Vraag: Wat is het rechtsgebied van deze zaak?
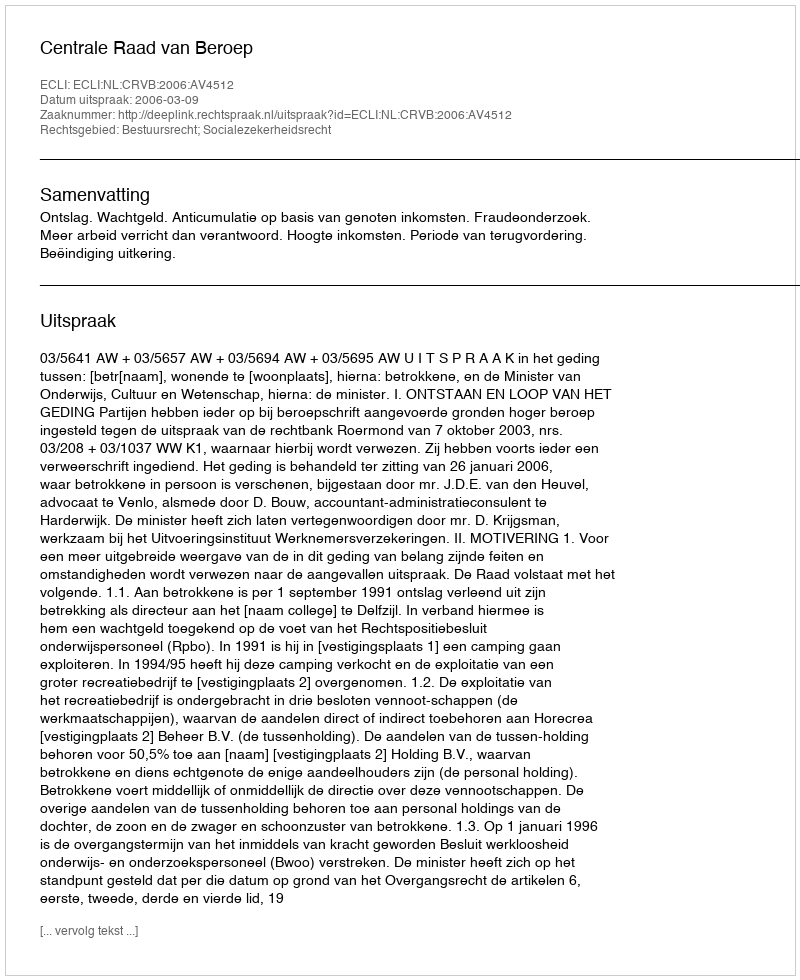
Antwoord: Bestuursrecht; Socialezekerheidsrecht